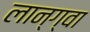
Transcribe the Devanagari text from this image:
लान्ग्वा